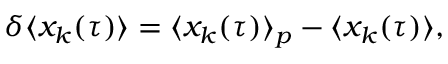
\delta \langle x _ { k } ( \tau ) \rangle = \langle x _ { k } ( \tau ) \rangle _ { p } - \langle x _ { k } ( \tau ) \rangle ,